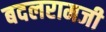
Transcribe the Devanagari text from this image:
बदलरामजी